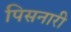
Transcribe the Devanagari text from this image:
पिसनारी